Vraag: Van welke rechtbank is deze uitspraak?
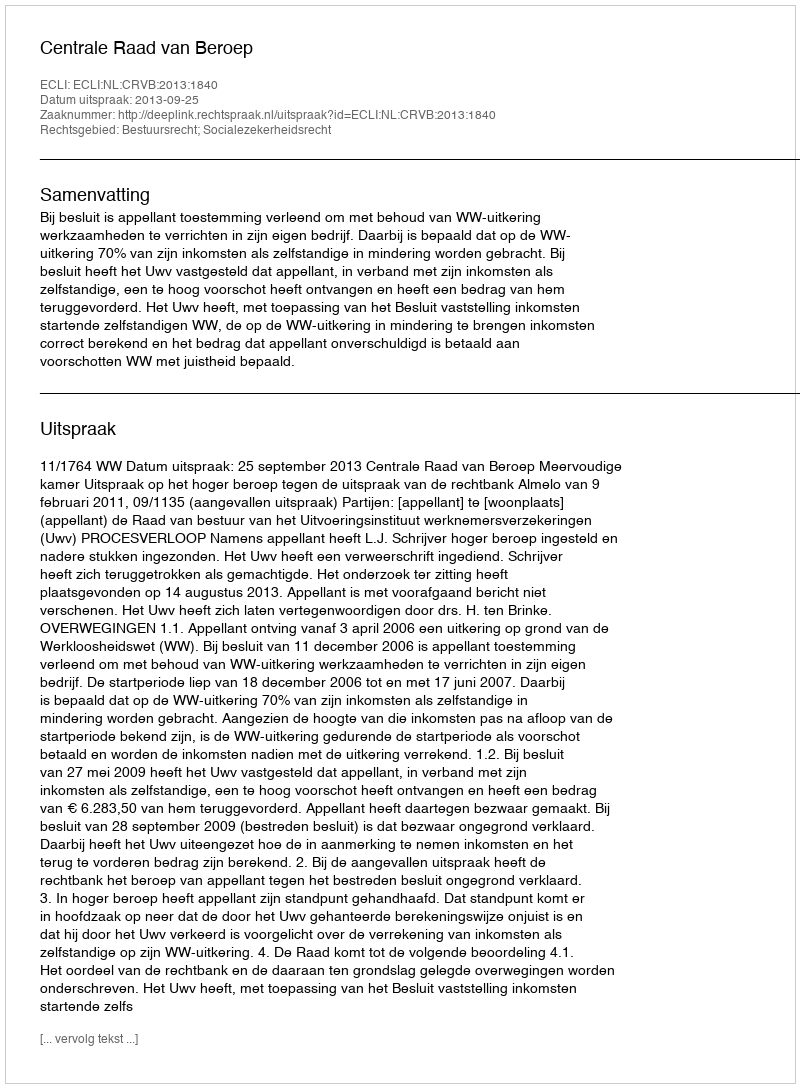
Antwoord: Centrale Raad van Beroep